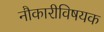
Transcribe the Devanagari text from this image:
नौकारीविषयक